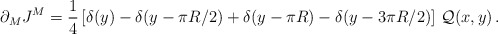
\begin{align*}\partial_M J^M=\frac{1}{4}\left[\delta(y)-\delta(y-\pi R/2)+\delta(y-\pi R)-\delta(y-3\pi R/2)\right]\,{\cal Q}(x,y)\, .\end{align*}